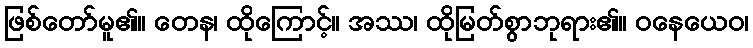
ဖြစ်တော်မူ၏။ တေန၊ ထိုကြောင့်။ အဿ၊ ထိုမြတ်စွာဘုရား၏။ ဝနေယေဝ၊